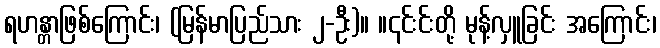
ရဟန္တာဖြစ်ကြောင်း၊ (မြန်မာပြည်သား ၂-ဦး)။ ။၎င်းင်းတို့ မုန့်လှူခြင်း အကြောင်း၊